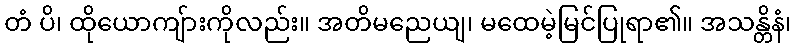
တံ ပိ၊ ထိုယောကျ်ားကိုလည်း။ အတိမညေယျ၊ မထေမဲ့မြင်ပြုရာ၏။ အသန္တိနံ၊